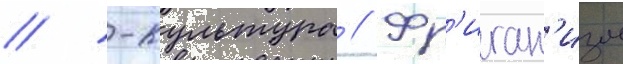
// -культура // Фр'иган'изм